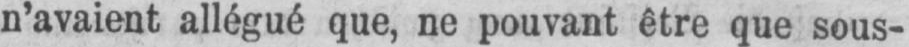
n’avaient allégué que, ne pouvant être que sous-